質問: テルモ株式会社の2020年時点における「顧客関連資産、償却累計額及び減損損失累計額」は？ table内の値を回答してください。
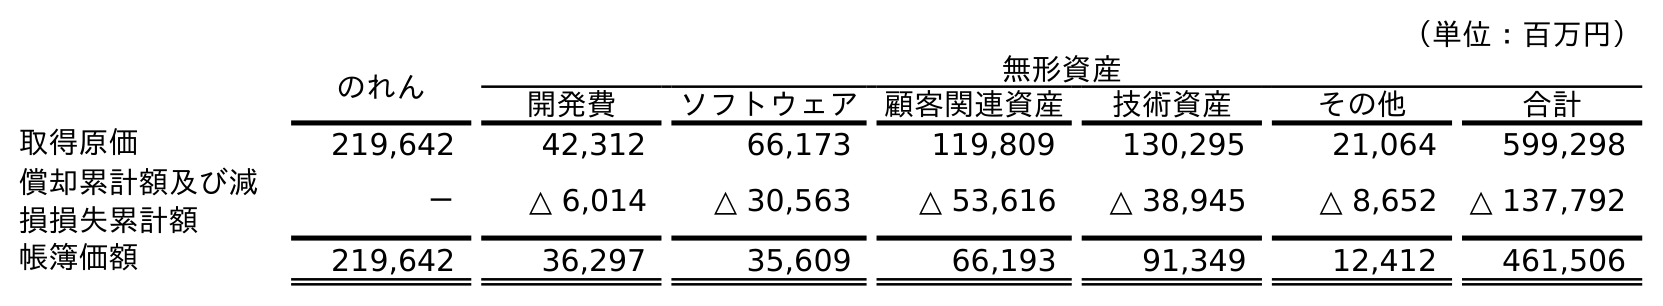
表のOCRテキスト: （単位：百万円） のれん 無形資産 開発費 ソフトウェア 顧客関連資産 技術資産 その他 合計 取得原価 219,642 42,312 66,173 119,809 130,295 21,064 599,298 償却累計額及び減 損損失累計額 － △ 6,014 △ 30,563 △ 53,616 △ 38,945 △ 8,652 △ 137,792 帳簿価額 219,642 36,297 35,609 66,193 91,349 12,412 461,506
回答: △53,616